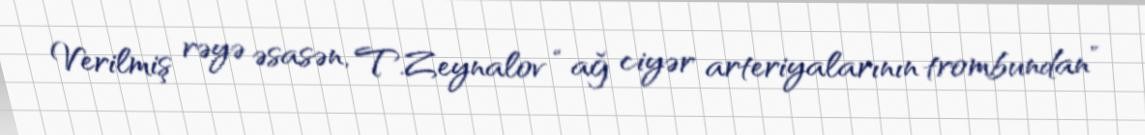
Verilmiş rəyə əsasən, T.Zeynalov “ağ ciyər arteriyalarının trombundan”